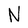
Character: N